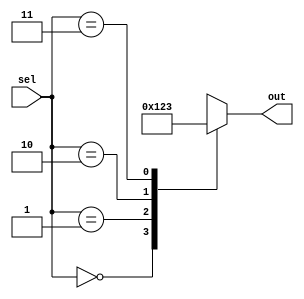
module parallel_case_statement (
    input [1:0] sel,
    output reg [3:0] out
);

always @*
begin
    case (sel)
        2'b00: out = 4'b0000;
        2'b01: out = 4'b0001;
        2'b10: out = 4'b0010;
        2'b11: out = 4'b0011;
        default: out = 4'b1111;
    endcase
end

endmodule